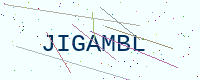
Text: JIGAMBL